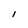
Character: I